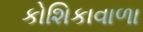
કોશિકાવાળા